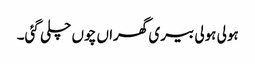
ہولی ہولی بیری گھراں چوں چلی گئی۔